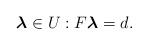
LaTeX: \begin{align*} \boldsymbol{\lambda} \in U: F\boldsymbol{\lambda} = d.\end{align*}